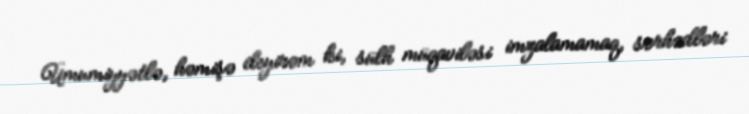
Ümumiyyətlə, həmişə deyirəm ki, sülh müqaviləsi imzalamamaq, sərhədləri